Medical and sanitary report of the native army of Bengal for the year
Year: 1877
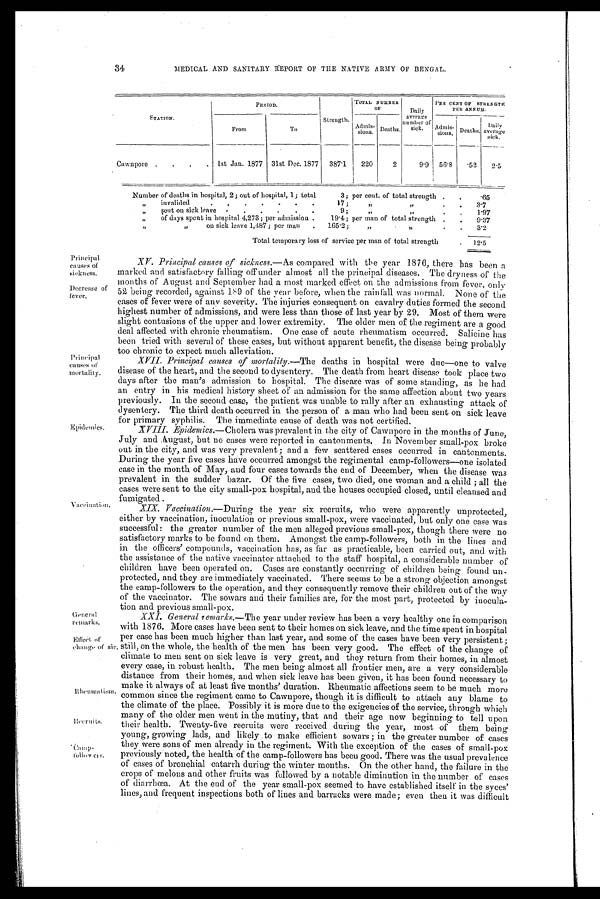
Principal
causes of
sickness.
Decrease of
fever,
Rheumatism.
34 MEDICAL AND SANITARY REPORT OF THE NATIVE ARMY OF BENGAL.
STATION.
PERIOD.
Strength.
TOTAL NUMBER
O F
Daily
average
number of
sick.
PER CENT OF STRENGTH
P E R A N N U M .
F r o m
T o
Admis- sions. Deaths.
Admis
-
sions.
Deaths.
D a i l y
average
sick.
Cawnpore .
.
.
.
1st Jan. 1877 31st Dec. 1877
387.1
220
2
9.9
56 . 8 .52 2.5
Number of deaths in hospital, 2; out of hospital, 1; total
3; per cent. of total strength .
.
.65
,,
invalided
.
.
.
.
.
.
. 17;
,, ,,
.
.
3.7
,,
sent on sick leave .
.
.
.
.
.
9;
,, ,,
.
.
1.97
,,
of days spent in hospital 4,273; per admission .
19.4; per man of total strength .
.
9.37
,, ,,
on sick leave 1,487; per man
.
165.2;
„
,,
.
.
3.2
Total temporary loss of service per man of total strength
.
12.5
Principal
causes of
mortality.
Epidemics.
Vaccination.
General
remarks.
Recr ui t s. Camp- f ol l ower s
Ef f ect of
change of air.
XV. Principal causes of sickness.— As compared with the year 1876, there has been a
marked and satisfactory falling off under almost all the principal diseases. The dryness of the
months of August and September had a most marked effect on the admissions from fever, only
52 being recorded, against 189 of the year before, when the rainfall was normal. None of the
cases of fever were of any severity. The injuries consequent on cavalry duties formed the second
highest number of admissions, and were less than those of last year by 29. Most of them were
slight contusions of the upper and lower extremity. The older men of the regiment are a good
deal affected with chronic rheumatism. One case of acute rheumatism occurred. Salicine has
been tried with several of these cases, but without apparent benefit, the disease being probably
too chronic to expect much alleviation.
XVII. Principal causes of mortality.— The deaths in hospital were due—one to valve
disease of the heart, and the second to dysentery. The death from heart disease took place two
days after the man's admission to hospital. The disease was of some standing, as he had
an entry in his medical history sheet of an admission for the same affection about two years
previously. In the second case, the patient was unable to rally after an exhausting attack of
dysentery. The third death occurred in the person of a man who had been sent on sick leave
for primary syphilis. The immediate cause of death was not certified.
XVIII. Epidemics.—Cholera was prevalent in the city of Cawnpore in the months of June,
July and August, but no cases were reported in cantonments. In November small-pox broke
out in the city, and was very prevalent; and a few scattered cases occurred in cantonments.
During the year five cases have occurred amongst the regimental camp-followers—one isolated
case in the month of May, and four cases towards the end of December, when the disease was
prevalent in the sudder bazar. Of the five cases, two died, one woman and a child; all the
cases were sent to the city small-pox hospital, and the houses occupied closed, until cleansed and
fumigated.
XIX. Vaccination.—During the year six recruits, who were apparently unprotected,
either by vaccination, inoculation or previous small-pox, were vaccinated, but only one case was
successful: the greater number of the men alleged previous small-pox, though there were no
satisfactory marks to be found on them. Amongst the camp-followers, both in the lines and
in the officers' compounds, vaccination has, as faras practicable, been carried out, and with
the assistance of the native vaccinator attached to the staff hospital, a considerable number of
children have been operated on. Cases are constantly occurring of children being found un-
protected, and they are immediately vaccinated. There seems to be a strong objection amongst
the camp-followers to the operation, and they consequently remove their children out of the way
of the vaccinator. The sowars and their families are, for the most part, protected by inocula-
tion and previous small-pox.
XXI. General remarks.—The year under review has been a very healthy one in comparison
with 1876. More cases have been sent to their homes on sick leave, and the time spent in hospital
per case has been much higher than last year, and some of the cases have been very persistent;
still, on the whole, the health of the men has been very good. The effect of the change of
climate to men sent on sick leave is very great, and they return from their homes, in almost
every case, in robust health. The men being almost all frontier men, are a very considerable
distance from their homes, and when sick leave has been given, it has been found necessary to
make it always of at least five months' duration. Rheumatic affections seem to be much more
common since the regiment came to Cawnpore, though it is difficult to attach any blame to
the climate of the place. Possibly it is more due to the exigencies of the service, through which
many of the older men went in the mutiny, that and their age now beginning to tell upon
their health. Twenty-five recruits were received during the year, most of them being
young, growing lads, and likely to make efficient sowars; in the greater number of cases
they were sons of men already in the regiment. With the exception of the cases of small-pox
previously noted, the health of the camp-followers has been good. There was the usual prevalence
of cases of bronchial catarrh during the winter months. On the other hand, the failure in the
crops of melons and other fruits was followed by a notable diminution in the number of cases
of diarrhœa. At the end of the year small-pox seemed to have established itself' in the syces'
lines, and frequent inspections both of lines and barracks were made; even then it was difficult